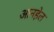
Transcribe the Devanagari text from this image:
आनहेल